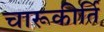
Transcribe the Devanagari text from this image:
चारूकीर्ति